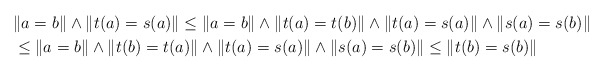
\begin{align*}& \|a=b\| \wedge \|t(a)=s(a)\| \leq \|a=b\| \wedge \|t(a)=t(b)\|\wedge \|t(a)=s(a)\| \wedge \|s(a)=s(b)\| \\& \leq \|a=b\| \wedge \|t(b)=t(a)\|\wedge \|t(a)=s(a)\| \wedge \|s(a)=s(b)\| \leq \|t(b)=s(b)\|\end{align*}